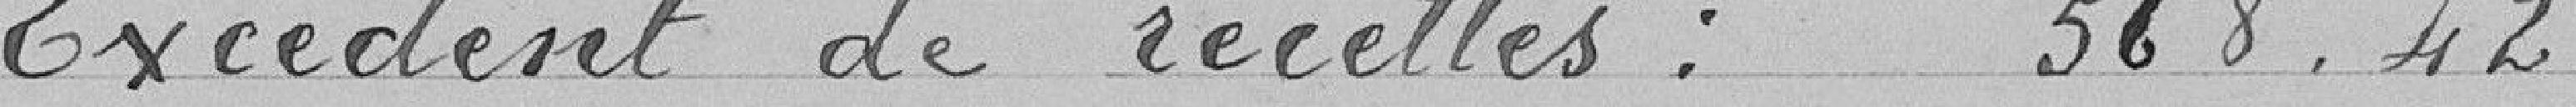
Excédent de recettes : 568.42 francs